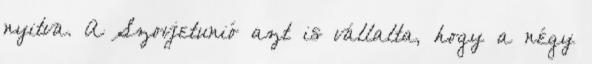
nyitva. A Szovjetunió azt is vállalta, hogy a négy